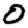
Digit: 0